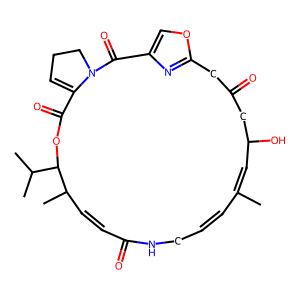
SMILES: CC1=CC(O)CC(=O)Cc2nc(co2)C(=O)N2CCC=C2C(=O)OC(C(C)C)C(C)C=CC(=O)NCC=C1
Inhibits HIV replication: No